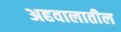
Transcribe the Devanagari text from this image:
अहवालातील